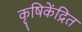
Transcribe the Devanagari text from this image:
कृषिकेंद्रित